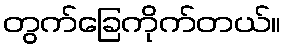
တွက်ခြေကိုက်တယ်။